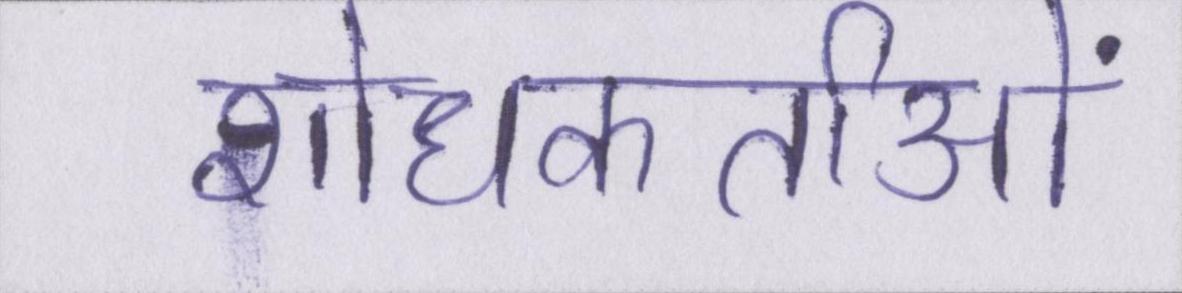
शोधकर्ताओं